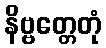
နိဗ္ဗတ္တေတုံ